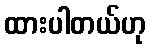
ထားပါတယ်ဟု